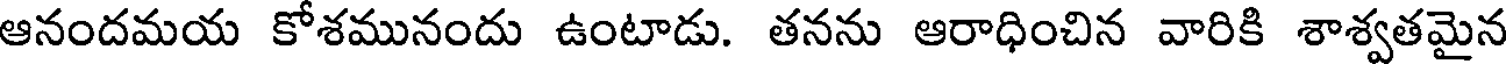
ఆనందమయ కోశమునందు ఉంటాడు. తనను ఆరాధించిన వారికి శాశ్వతమైన